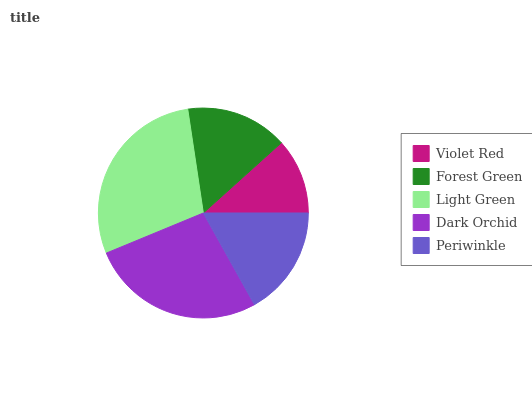
| Violet Red | Forest Green | Light Green | Dark Orchid | Periwinkle |
 | --- | --- | --- | --- | --- |
 | 11.7% | 15.7% | 28.8% | 26.9% | 16.9% |